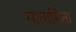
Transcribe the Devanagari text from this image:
मातामिता